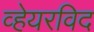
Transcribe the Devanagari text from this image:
व्हेयरविद